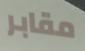
مقابر